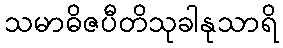
သမာဓိဇပီတိသုခါနုသာရိ